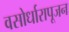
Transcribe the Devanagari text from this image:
वसोर्धारापूजन